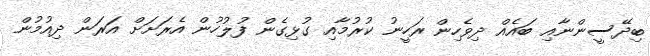
ބިދޭސީންނާއި ބައެއް ދިވެހިން ރަހީނު ކުރުމާއި ގުޅިގެން ފުލުހުން އެރަށަށް އަރަން ދިއުމުން